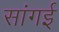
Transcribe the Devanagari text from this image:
सांगई